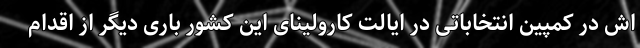
اش در کمپین انتخاباتی در ایالت کارولینای این کشور باری دیگر از اقدام